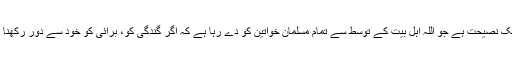
اس کا مقصد ایک نصیحت ہے جو اللہ اہل بیت کے توسط سے تمام مسلمان خواتین کو دے رہا ہے کہ اگر گندگی کو، برائی کو خود سے دور رکھنا ہے تو یہ کرو۔